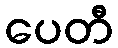
ပေတီ